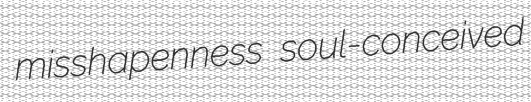
misshapenness soul-conceived